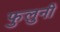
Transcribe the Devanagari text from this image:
फुलुनी